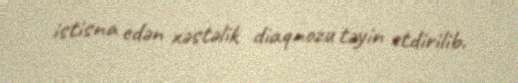
istisna edən xəstəlik diaqnozu təyin etdirilib.